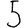
Digit: 5